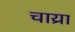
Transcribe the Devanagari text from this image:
चाय्रा